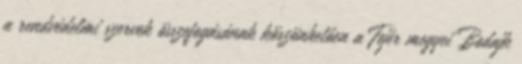
a rendvédelmi szervek összefogásának köszönhetően a Fejér megyei Bodajk